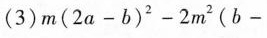
(3)$$m ( 2 a - b ) ^ { 2 } - 2 m ^ { 2 } ( b -$$